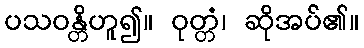
ပသဝန္တိဟူ၍။ ဝုတ္တံ၊ ဆိုအပ်၏။